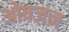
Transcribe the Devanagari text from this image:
ओषजन